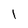
Character: 1